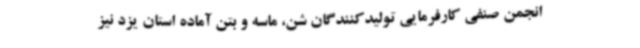
انجمن صنفی کارفرمایی تولیدکنندگان شن، ماسه و بتن آماده استان یزد نیز